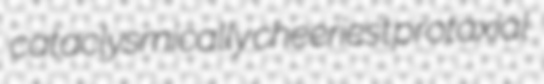
cataclysmically cheeriest protaxial